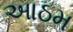
આઠમ